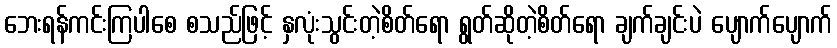
ဘေးရန်ကင်းကြပါစေ စသည်ဖြင့် နှလုံးသွင်းတဲ့စိတ်ရော ရွတ်ဆိုတဲ့စိတ်ရော ချက်ချင်းပဲ ပျောက်ပျောက်